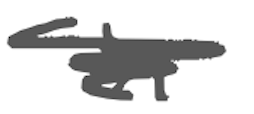
Text: in
Cross-out: scratch
Writing tool: digital_gray